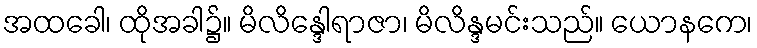
အထခေါ၊ ထိုအခါ၌။ မိလိန္ဒေါရာဇာ၊ မိလိန္ဒမင်းသည်။ ယောနကေ၊